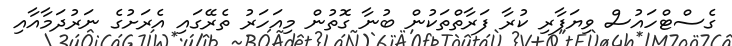
ގެސްޓްހައުސް ވިޔަފާރި ކުރާ ފަރާތްތަކުން ބުނާ ގޮތުން މިއަހަރު ތެރޭގައި އެރަށުގެ ނަރުދަމާއާއި